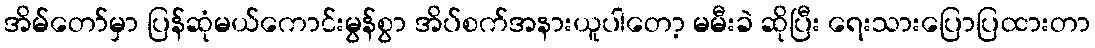
အိမ်တော်မှာ ပြန်ဆုံမယ်ကောင်းမွန်စွာ အိပ်စက်အနားယူပါတော့ မမီးခဲ ဆိုပြီး ရေးသားပြောပြထားတာ